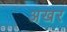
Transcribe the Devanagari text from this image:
अखर